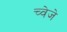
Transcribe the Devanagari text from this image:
च्वेजे